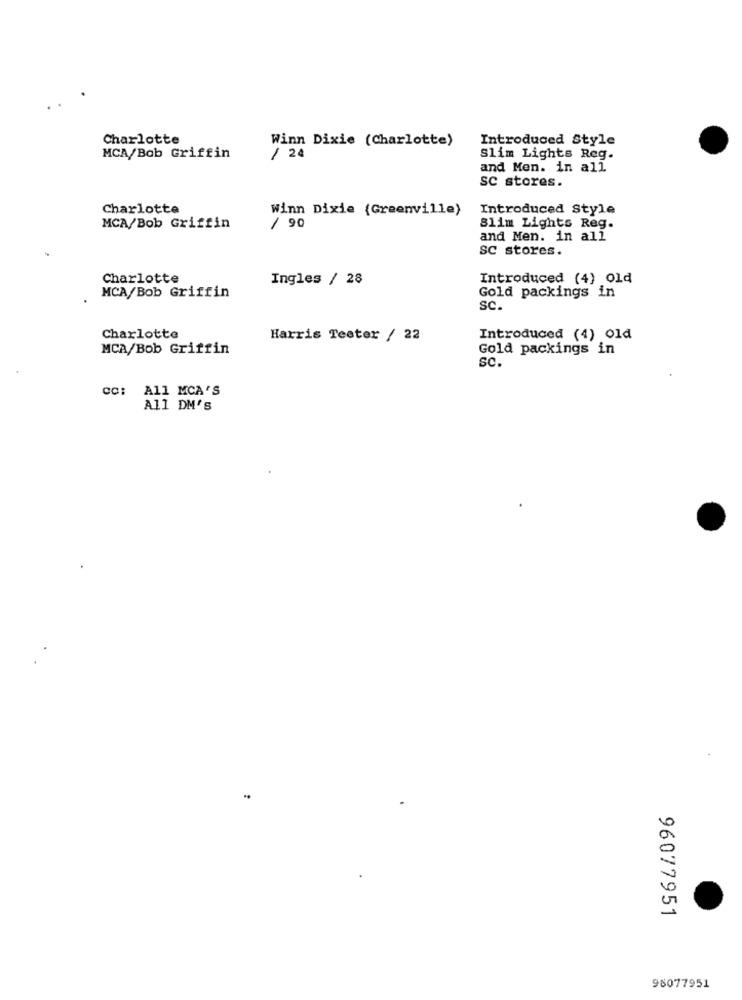
Charlotte
Winn Dixie (Charlotte)
Introduced Style
MCA/Bob Griffin
/2ª
Slim Lights Reg.
and Men. in all
sc stores.
Charlotte
Winn Dixie {Greenville)
Introduced Style
MCA/Bob Griffin
/ 90
Slim Lights Reg.
and Men. in all
sc stores.
Charlotte
Ingles / 28
Introduced (4) old
MCA/Bob Griffin
Gold packings in
Sc.
Charlotte
Harris Teeter / 22
Introduced (4) old
MCA/Bob Griffin
Gold packings in
Sc.
cc: All MCA'S
All DM'S
96077951
98077951